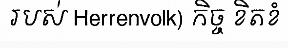
របស់ Herrenvolk) កិច្ច ខិតខំ